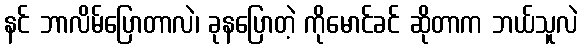
နင် ဘာလိမ်ပြောတာလဲ၊ ခုနပြောတဲ့ ကိုမောင်ခင် ဆိုတာက ဘယ်သူလဲ